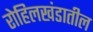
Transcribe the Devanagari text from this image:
रोहिलखंडातील